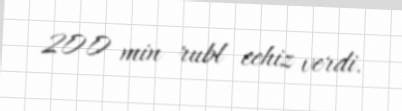
200 min rubl cehiz verdi.